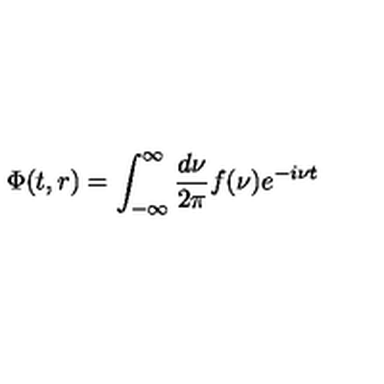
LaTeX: \Phi ( t , r ) = \int _ { - \infty } ^ { \infty } { \frac { d \nu } { 2 \pi } } f ( \nu ) e ^ { - i \nu t }